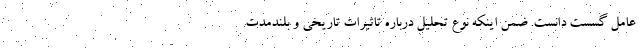
عامل گسست دانست. ضمن اینکه نوع تحلیل درباره تاثیرات تاریخی و بلندمدت